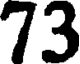
73